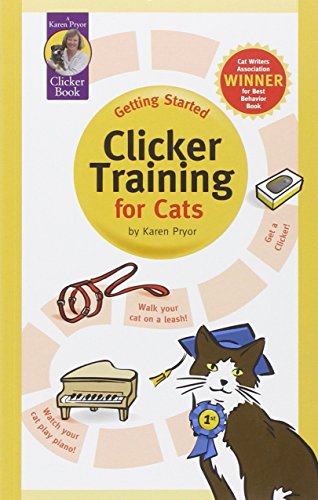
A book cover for Clicker Training for Cats (Karen Pryor Clicker Books); Karen Pryor; Crafts, Hobbies & Home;